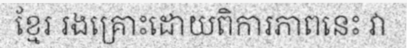
ខ្មែរ រងគ្រោះដោយពិការភាពនេះ វា